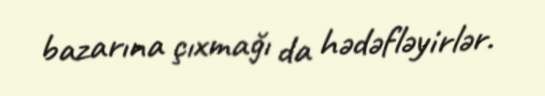
bazarına çıxmağı da hədəfləyirlər.